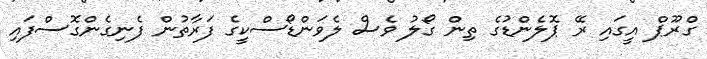
ގްރޫޕް އީގައި ރޭ ޕޮލެންޑުގެ ތިން ގޯލު ވެސް ލެވަންޑޯސްކީގެ ފަރާތުން ފެނިގެންގޮސްފައި